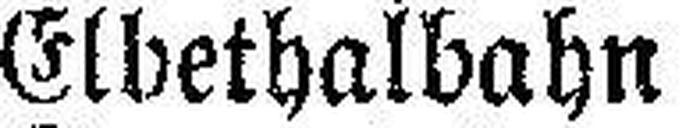
Elbethalbahn